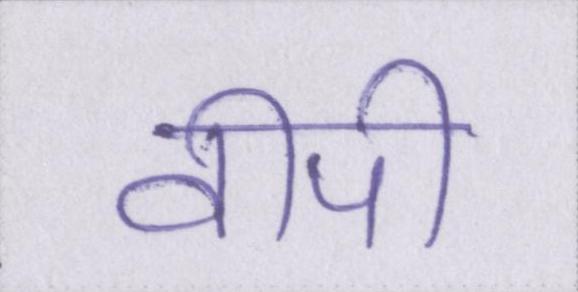
वीपी